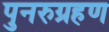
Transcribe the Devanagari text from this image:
पुनरुग्रहण